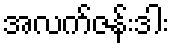
အလက်ဇန်းဒါး